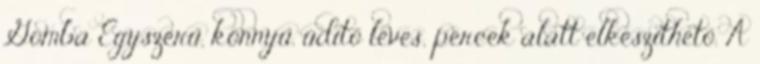
Gomba Egyszerű, könnyű, üdítő leves, percek alatt elkészíthető. A